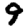
Digit: 9